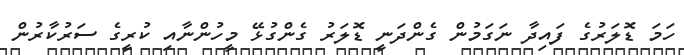
ހަމަ ޑޮލަރުގެ ފައިދާ ނަގަމުން ގެންދަނީ ޑޮލަރު ގެންގުޅޭ މީހުންނާއި ކުރީގެ ސަރުކާރުން